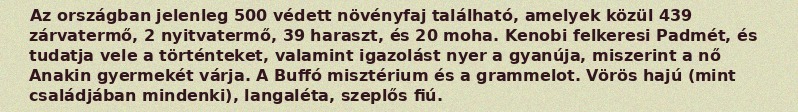
Az országban jelenleg 500 védett növényfaj található, amelyek közül 439 zárvatermő, 2 nyitvatermő, 39 haraszt, és 20 moha. Kenobi felkeresi Padmét, és tudatja vele a történteket, valamint igazolást nyer a gyanúja, miszerint a nő Anakin gyermekét várja. A Buffó misztérium és a grammelot. Vörös hajú (mint családjában mindenki), langaléta, szeplős fiú.